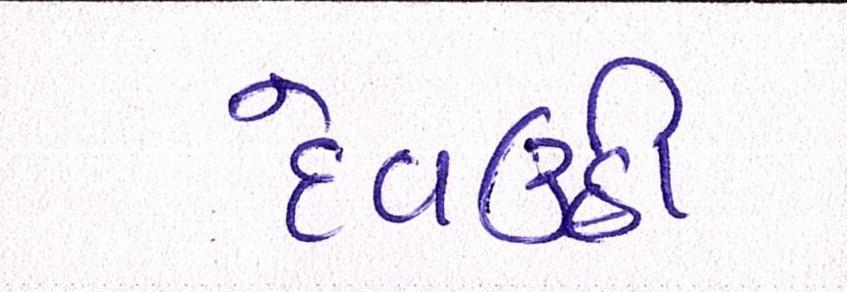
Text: દેવઉઠી